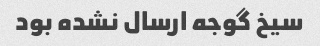
سیخ گوجه ارسال نشده بود